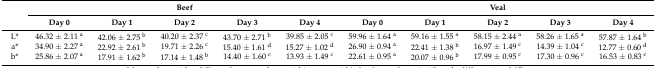
<table><thead><tr><td rowspan="2"></td><td colspan="5"><b>Beef</b></td><td colspan="5"><b>Veal</b></td></tr><tr><td><b>Day 0</b></td><td><b>Day 1</b></td><td><b>Day 2</b></td><td><b>Day 3</b></td><td><b>Day 4</b></td><td><b>Day 0</b></td><td><b>Day 1</b></td><td><b>Day 2</b></td><td><b>Day 3</b></td><td><b>Day 4</b></td></tr></thead><tbody><tr><td>L*</td><td>46.32 ± 2.11 <sup>a</sup></td><td>42.06 ± 2.75 <sup>b</sup></td><td>40.20 ± 2.37 <sup>c</sup></td><td>43.70 ± 2.71 <sup>b</sup></td><td>39.85 ± 2.05 <sup>c</sup></td><td>59.96 ± 1.64 <sup>a</sup></td><td>59.16 ± 1.55 <sup>a</sup></td><td>58.15 ± 2.44 <sup>a</sup></td><td>58.26 ± 1.65 <sup>a</sup></td><td>57.87 ± 1.64 <sup>b</sup></td></tr><tr><td>a*</td><td>34.90 ± 2.27 <sup>a</sup></td><td>22.92 ± 2.61 <sup>b</sup></td><td>19.71 ± 2.26 <sup>c</sup></td><td>15.40 ± 1.61 <sup>d</sup></td><td>15.27 ± 1.02 <sup>d</sup></td><td>26.90 ± 0.94 <sup>a</sup></td><td>22.41 ± 1.38 <sup>b</sup></td><td>16.97 ± 1.49 <sup>c</sup></td><td>14.39 ± 1.04 <sup>c</sup></td><td>12.77 ± 0.60 <sup>d</sup></td></tr><tr><td>b*</td><td>25.86 ± 2.07 <sup>a</sup></td><td>17.91 ± 1.62 <sup>b</sup></td><td>17.14 ± 1.48 <sup>b</sup></td><td>14.40 ± 1.60 <sup>c</sup></td><td>13.93 ± 1.49 <sup>c</sup></td><td>22.61 ± 0.95 <sup>a</sup></td><td>20.07 ± 0.96 <sup>b</sup></td><td>17.99 ± 0.95 <sup>c</sup></td><td>17.30 ± 0.96 <sup>c</sup></td><td>16.53 ± 0.83 <sup>c</sup></td></tr></tbody></table>